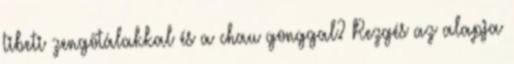
tibeti zengőtálakkal és a chau gonggal? Rezgés az alapja